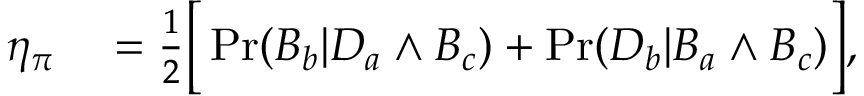
\begin{array} { r l } { \eta _ { \pi } } & { { } = \frac { 1 } { 2 } \Big [ \operatorname* { P r } ( B _ { b } | D _ { a } \land B _ { c } ) + \operatorname* { P r } ( D _ { b } | B _ { a } \land B _ { c } ) \Big ] , } \end{array}